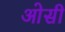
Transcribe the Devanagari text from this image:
ओसी